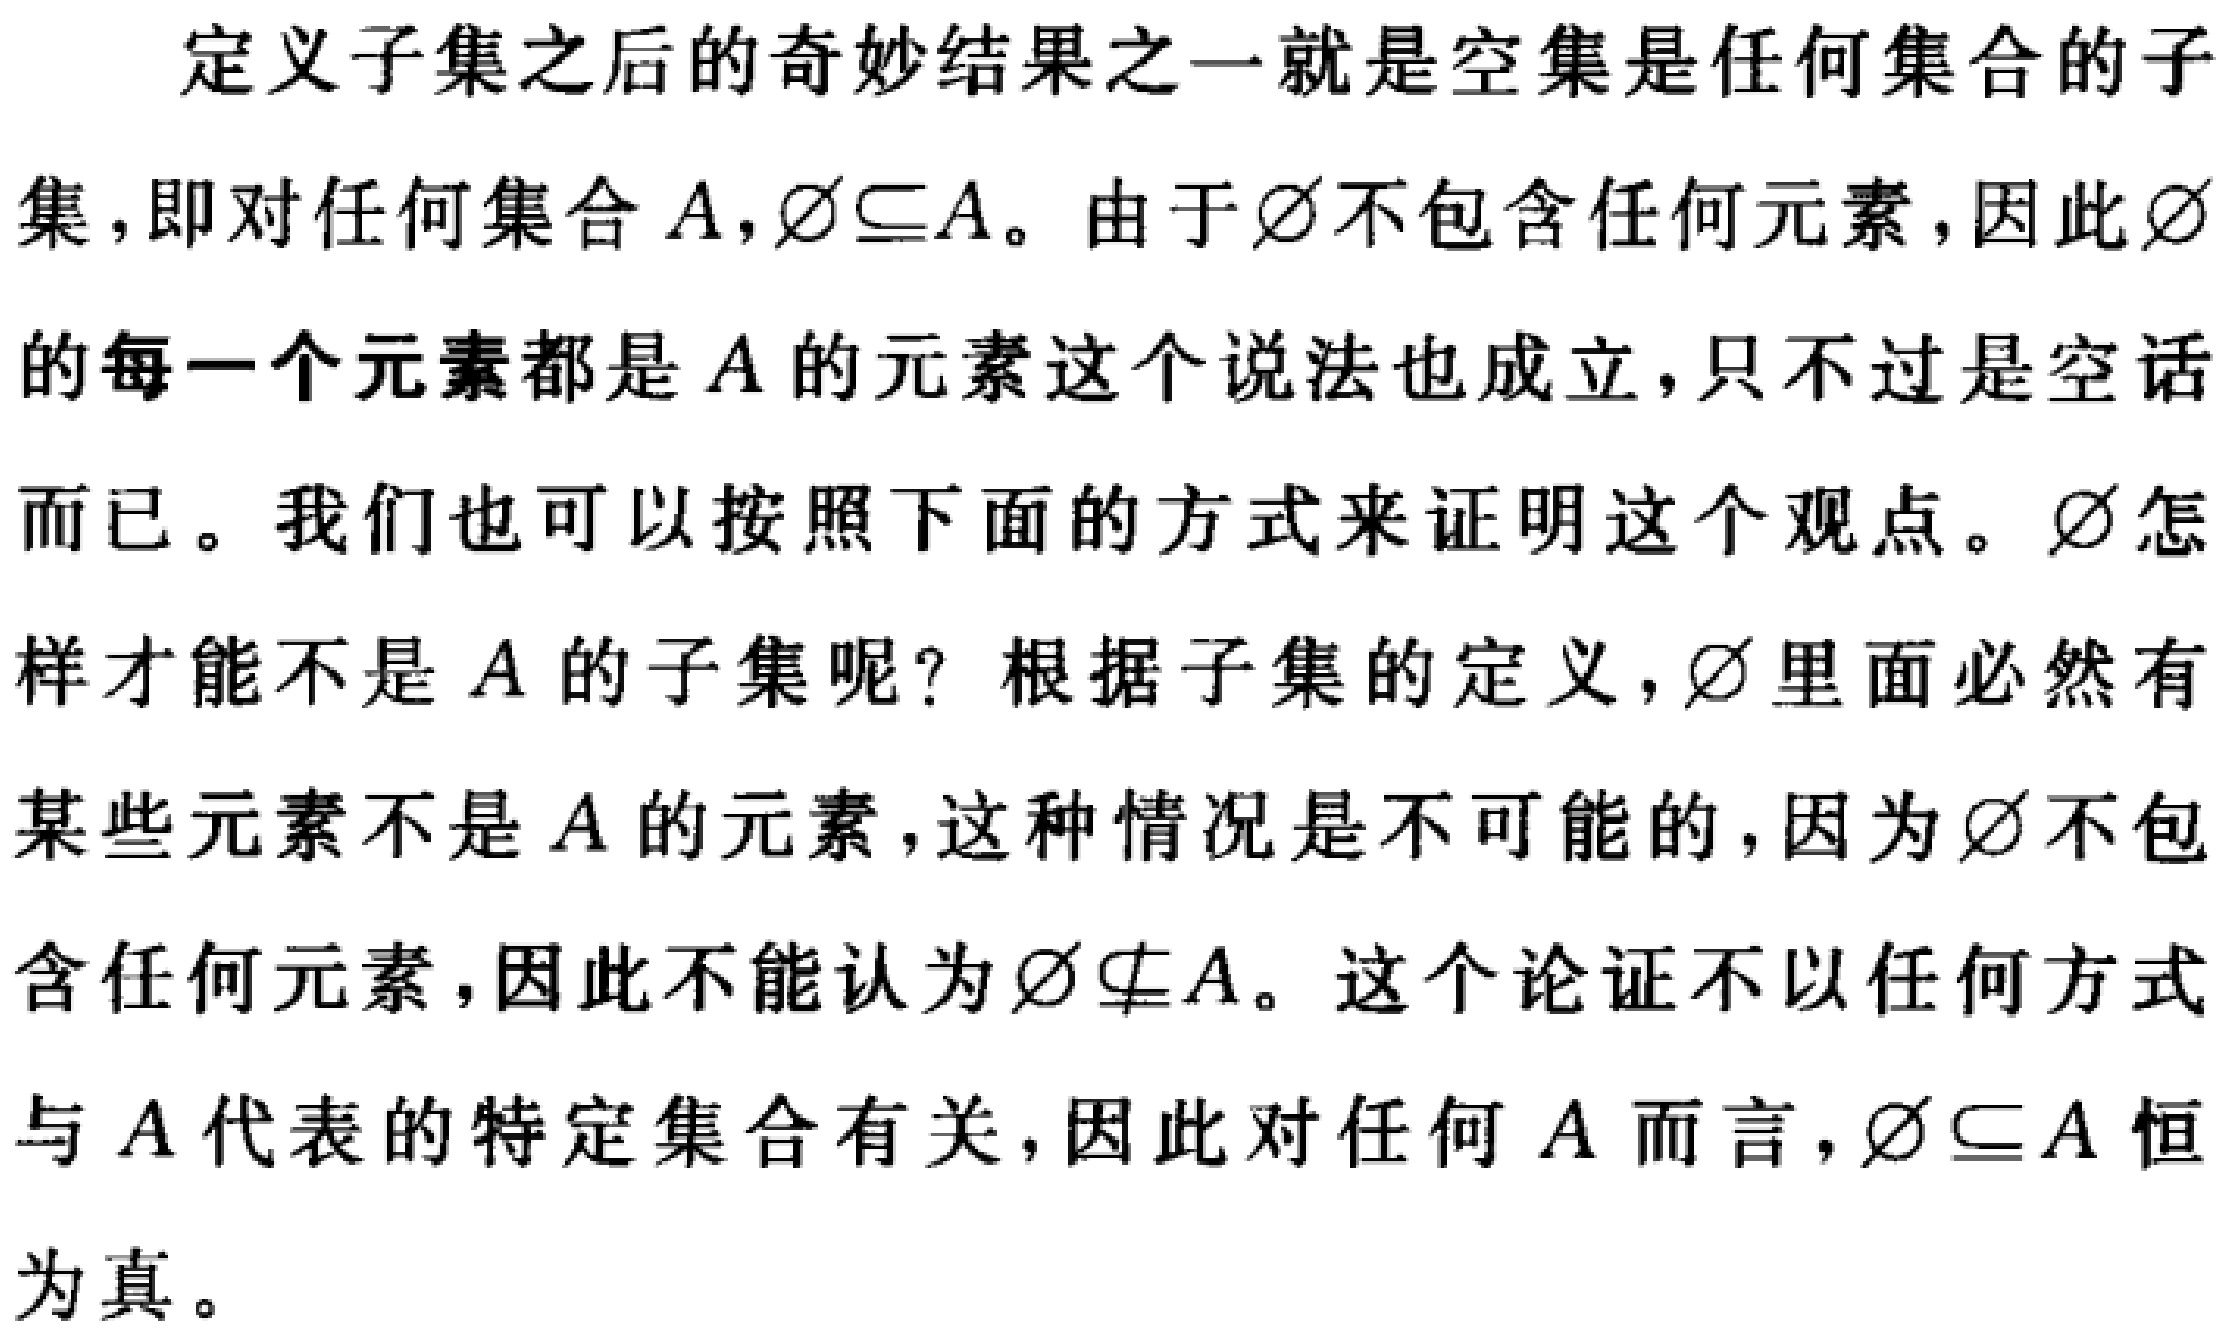
定义子集之后的奇妙结果之一就是空集是任何集合的子

集，即对任何集合\(A\)，\(\varnothing\subseteq A\)。由于\(\varnothing\)不包含任何元素，因此\(\varnothing\)

的每一个元素都是\(A\)的元素这个说法也成立，只不过是空话

而已。我们也可以按照下面的方式来证明这个观点。\(\varnothing\)怎

样才能不是\(A\)的子集呢？根据子集的定义，\(\varnothing\)里面必然有

某些元素不是\(A\)的元素，这种情况是不可能的，因为\(\varnothing\)不包

含任何元素，因此不能认为\(\varnothing\nsubseteq A\)。这个论证不以任何方式

与\(A\)代表的特定集合有关，因此对任何\(A\)而言，\(\varnothing\subseteq A\)恒

为真。